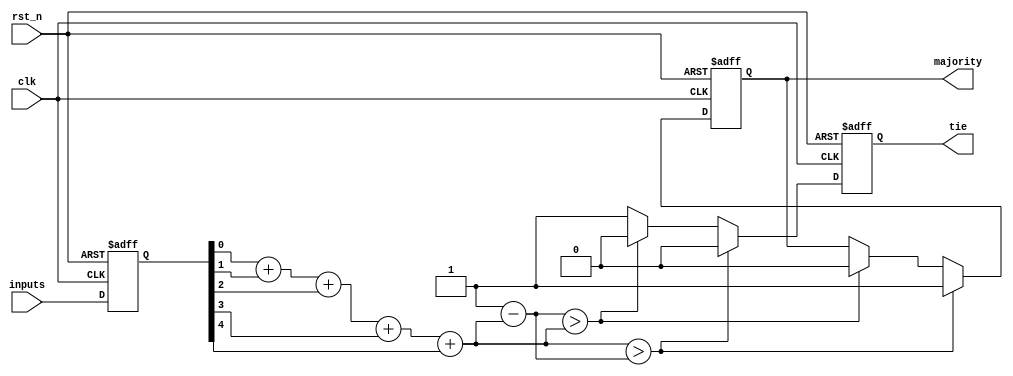
module MajorityVotingDetector (
    input wire clk,               // Clock signal
    input wire rst_n,             // Active low reset
    input wire [4:0] inputs,      // 5 input signals
    output reg majority,           // Majority output (0 or 1)
    output reg tie                // Tie indicator (1 if tie occurs)
);

    // Memory blocks to store input values
    reg [4:0] mem;                // 5-bit register to store inputs

    // Voting logic
    wire count_1;                 // Count of 1's
    wire count_0;                 // Count of 0's

    // Count the number of 1's in the input
    assign count_1 = mem[0] + mem[1] + mem[2] + mem[3] + mem[4];
    assign count_0 = 5 - count_1; // Count of 0's

    always @(posedge clk or negedge rst_n) begin
        if (!rst_n) begin
            mem <= 5'b00000;        // Initialize memory blocks to 0
            majority <= 0;          // Initialize majority output
            tie <= 0;               // Initialize tie indicator
        end else begin
            mem <= inputs;          // Sample input signals

            // Determine majority and tie
            if (count_1 > count_0) begin
                majority <= 1;       // Majority is 1
                tie <= 0;            // No tie
            end else if (count_0 > count_1) begin
                majority <= 0;       // Majority is 0
                tie <= 0;            // No tie
            end else begin
                tie <= 1;            // Tie occurs
            end
        end
    end

endmodule